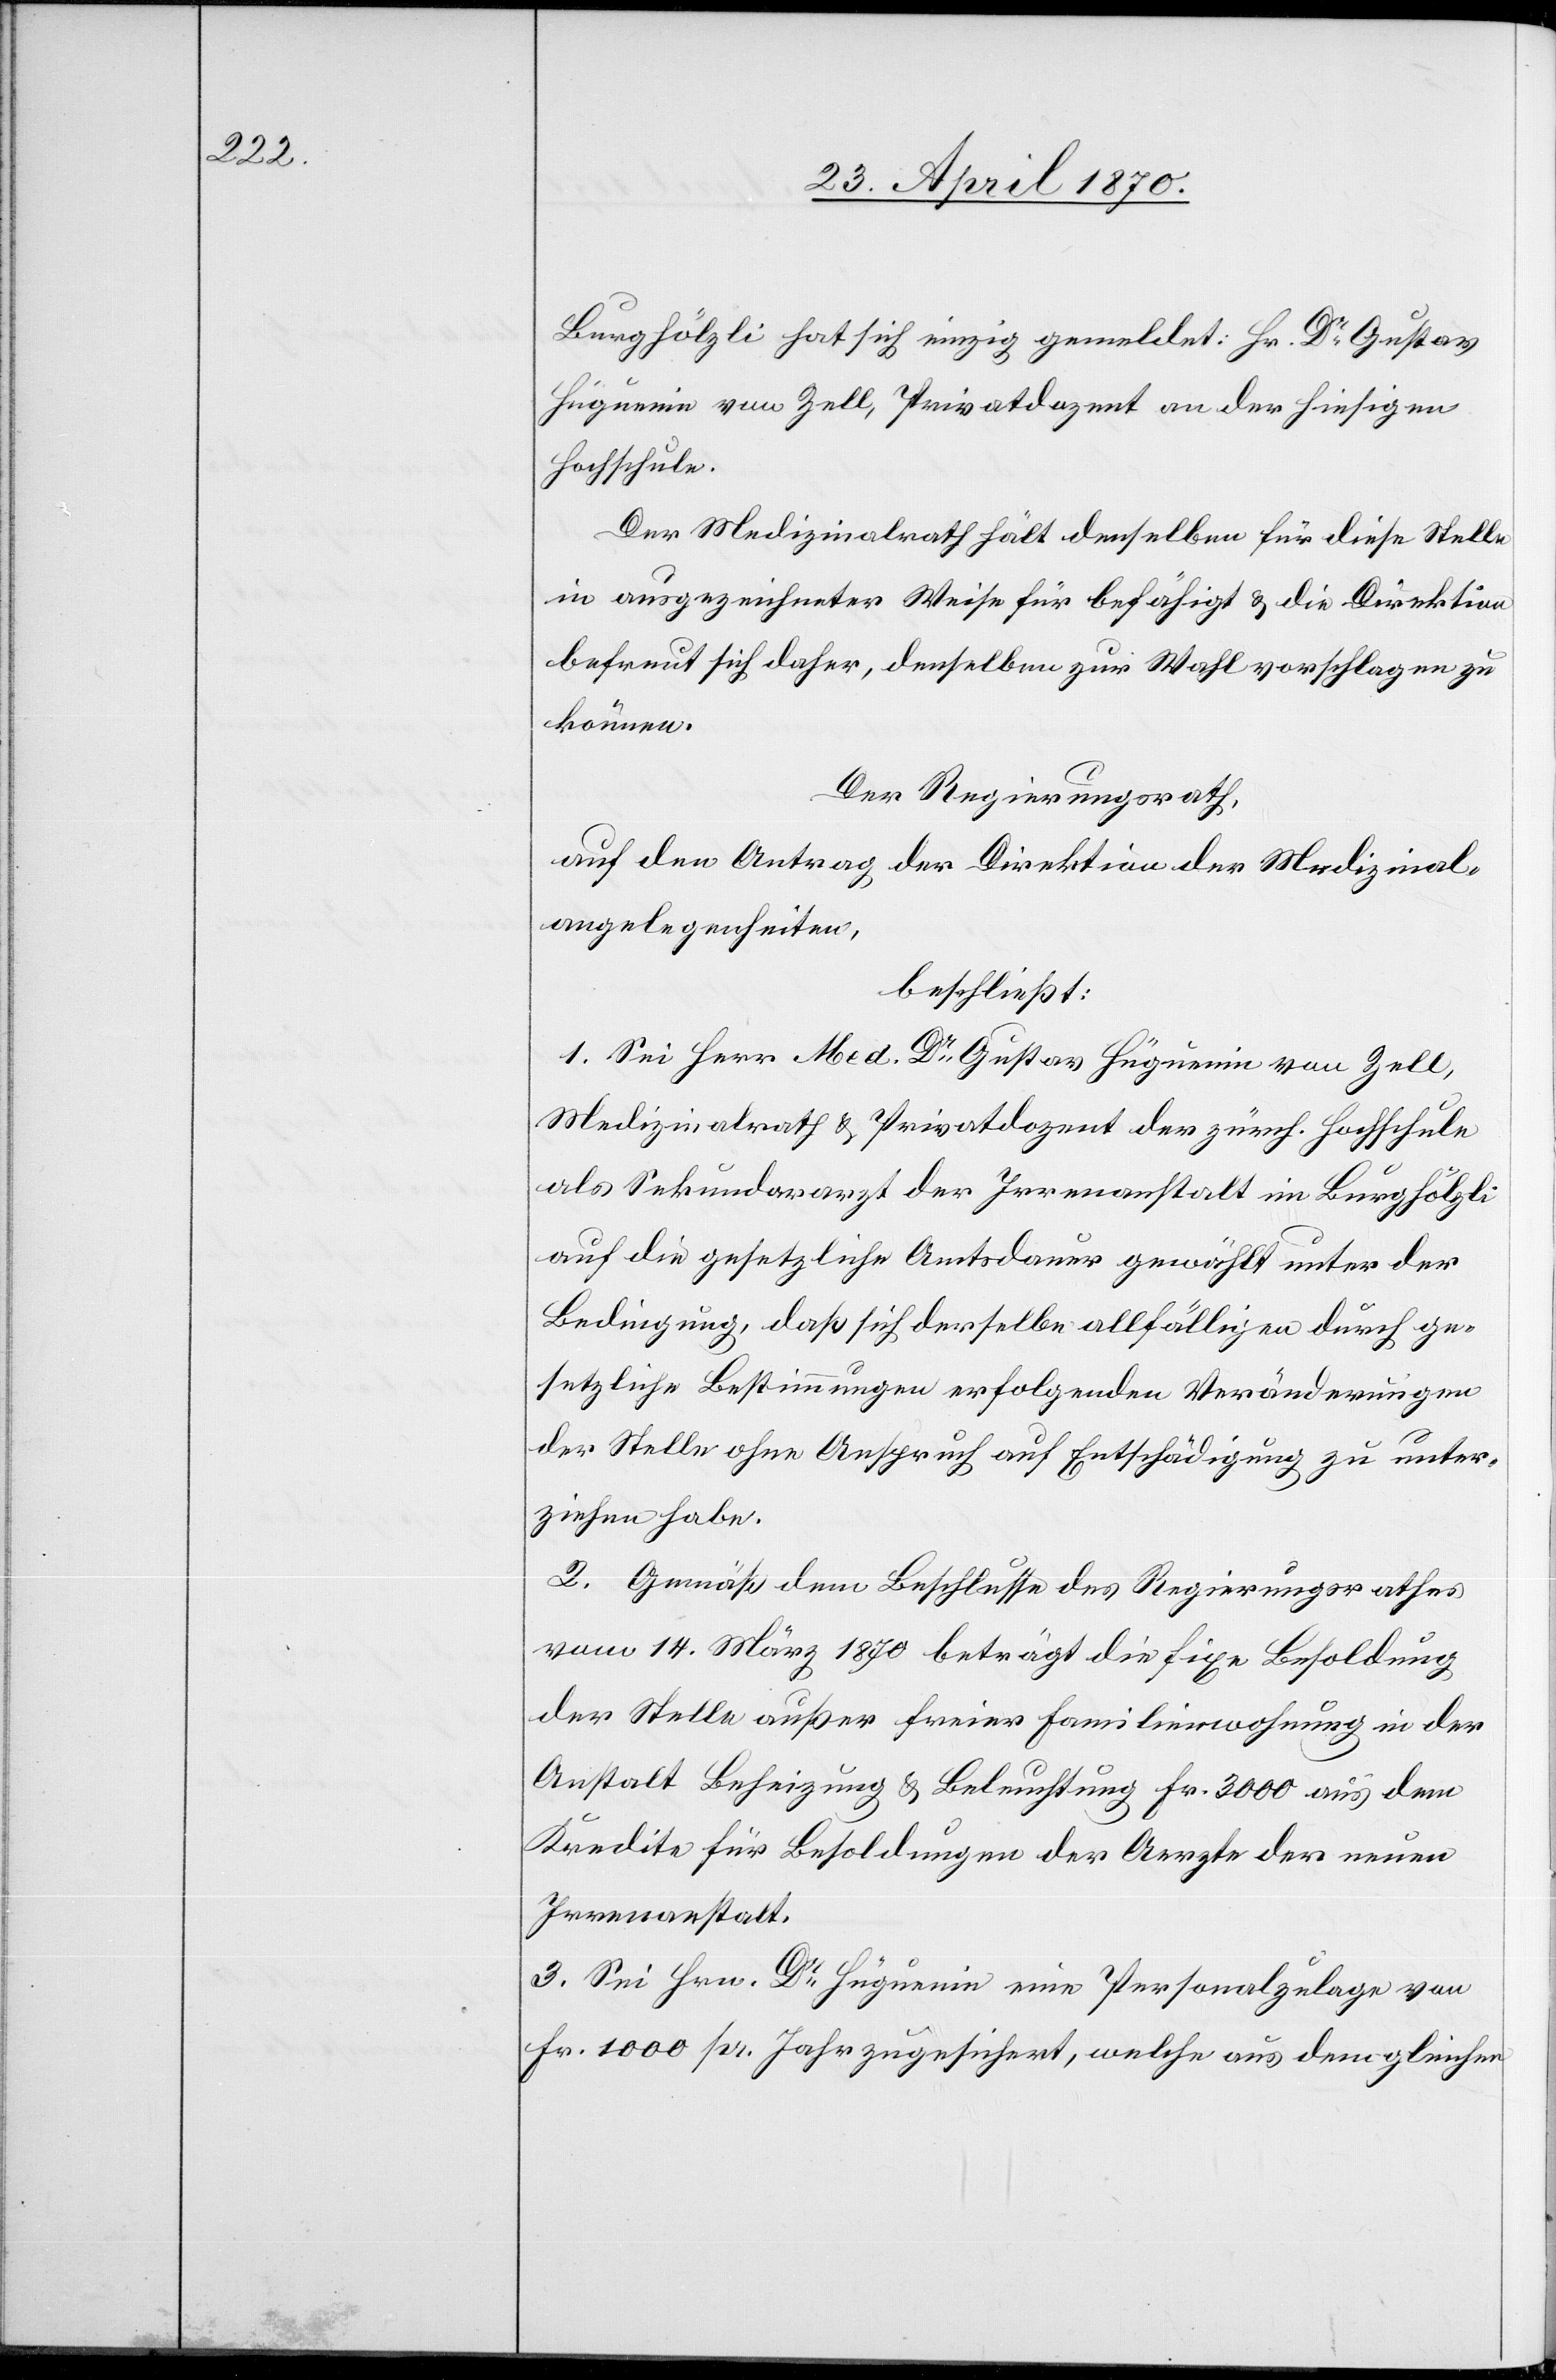
Burghölzli hat sich einzig gemeldet: Hr. Dr Gustav
[sic!] von Zell, Privatdozent an der hiesigen
Hochschule.
Der Medizinalrath hält denselben für diese Stelle
in ausgezeichneter Weise für befähigt & die Direktion
befreut sich daher, denselben zur Wahl vorschlagen zu
können.
Der Regierungsrath,
auf den Antrag der Direktion der Medizinal¬
angelegenheiten,
beschließt:
1. Sei Herr Med. Dr Gustav Hüguenin von Zell,
Medizinalrath & Privatdozent der zürch. Hochschule
als Sekundararzt der Irrenanstalt im Burghölzli
auf die gesetzliche Amtsdauer gewählt unter der
Bedingung, daß sich derselbe allfälligen durch ge¬
setzliche Bestimmungen erfolgenden Veränderungen
der Stelle ohne Anspruch auf Entschädigung zu unter¬
ziehen habe.
2. Gemäß dem Beschlusse des Regierungsrathes
vom 14. März 1870 beträgt die fixe Besoldung
der Stelle außer freier Familienwohnung in der
Anstalt Beheizung & Beleuchtung Fr. 3000 aus dem
Kredite für Besoldungen der Aerzte der neuen
Irrenanstalt.
3. Sei Hrn. Dr Hüguenin eine Personalzulage von
Fr. 1000 pr. Jahr zugesichert, welche aus dem gleichen